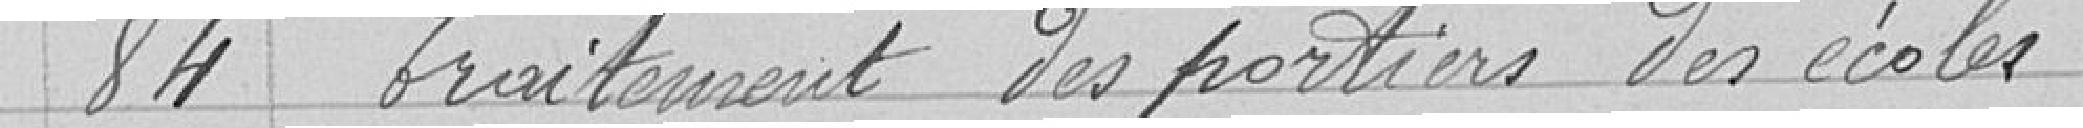
84 Traitement des portiers des écoles